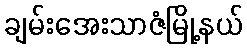
ချမ်းအေးသာဇံမြို့နယ်